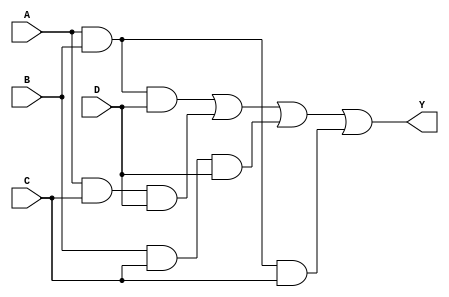
module CLB_PrimeImplicants (
    input wire A,       // Input variable A
    input wire B,       // Input variable B
    input wire C,       // Input variable C
    input wire D,       // Input variable D
    output wire Y       // Output of the logic function
);

// Define the minterms for the function
// For instance, let's assume we want to implement the function for minterms 1, 3, 7, 11 (A'B'C'D + A'BC'D + AB'C'D + ABCD)
assign Y = (A & B & D) | (A & C & D) | (B & C & D) | (A & B & C);

// You can add more complex logic by defining additional prime implicants as needed

endmodule